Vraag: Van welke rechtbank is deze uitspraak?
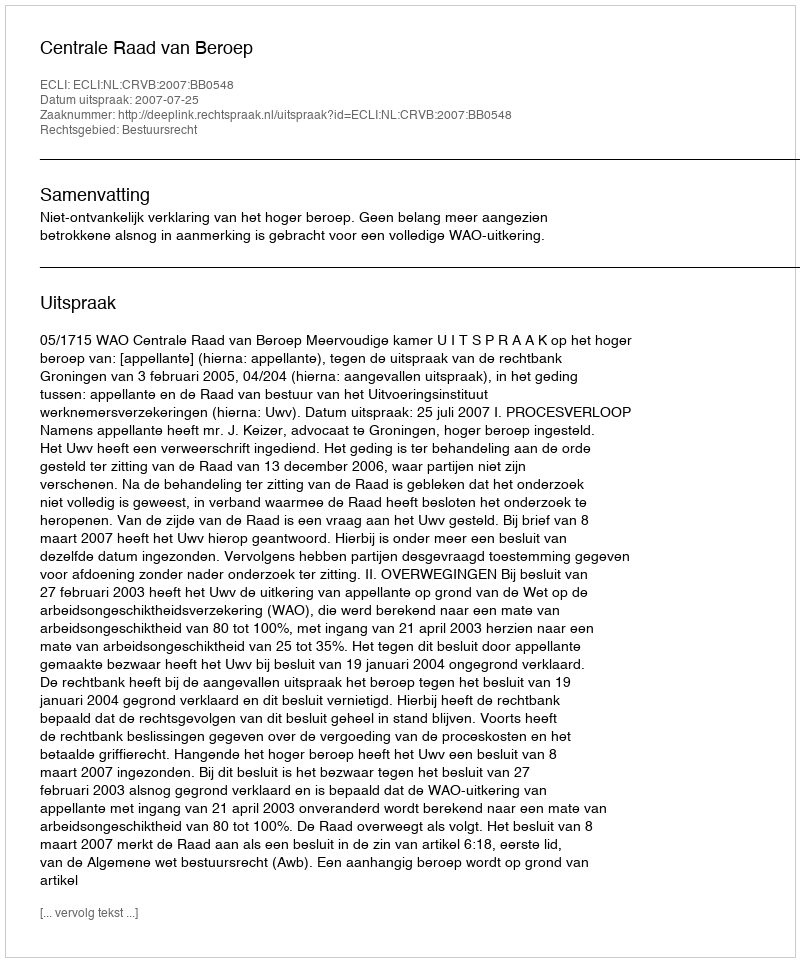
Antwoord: Centrale Raad van Beroep